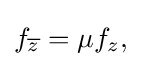
\displaystyle {f_{\overline {z}}=\mu f_{z},}